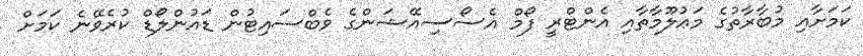
ކަމަށާއި މުބާރާތުގެ މަޢުލޫމާތާއި އެންޓްރީ ފޯމް އެސޯސިއޭޝަންގެ ވެބްސައިޓުން ޑައުންލޯޑް ކުރެވޭނެ ކަމަށް